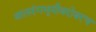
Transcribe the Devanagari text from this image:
बालरंगभूमीबरोबरच